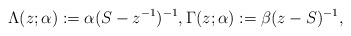
\begin{gather*}\Lambda(z;\alpha) := \alpha (S-z^{-1})^{-1}, \Gamma(z;\alpha) := \beta (z-S)^{-1},\end{gather*}